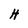
Character: H